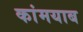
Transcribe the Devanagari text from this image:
कांमयाब